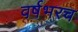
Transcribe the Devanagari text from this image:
वर्षभरच